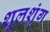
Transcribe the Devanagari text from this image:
शूलशृंग